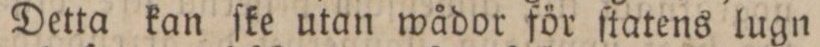
Detta kan ſke utan wådor för ſtatens lugn